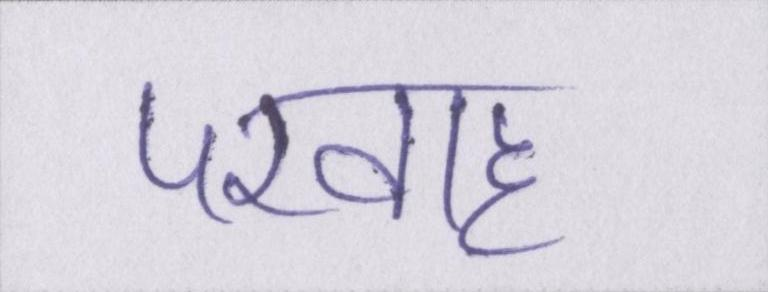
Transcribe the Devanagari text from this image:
परवाह